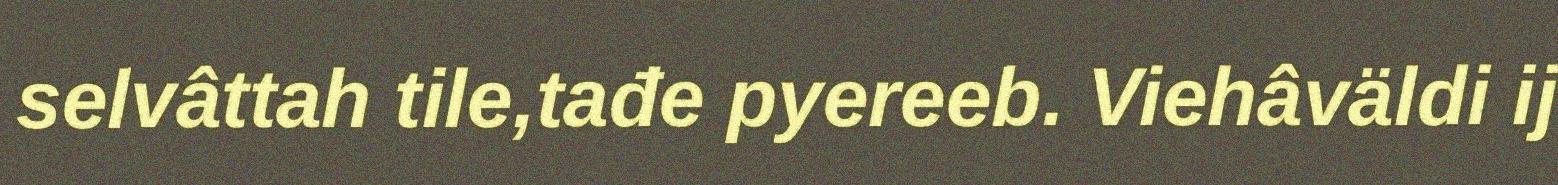
selvâttah tile,tađe pyereeb. Viehâväldi ij